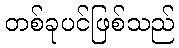
တစ်ခုပင်ဖြစ်သည်